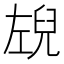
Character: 𭘉